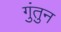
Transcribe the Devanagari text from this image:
गुंतुन